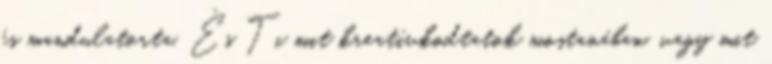
és mandulatorta. És Ti mit kreatívkodtatok mostanában, vagy mit